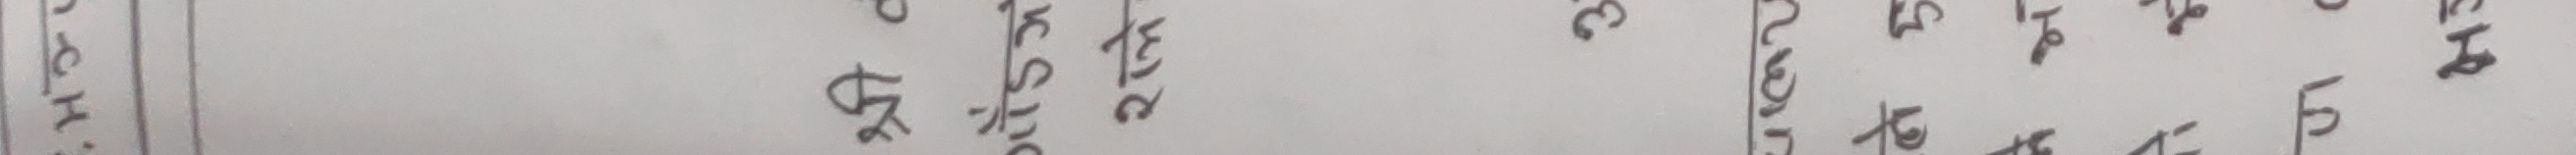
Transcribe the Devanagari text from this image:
नेपालमा रहेको